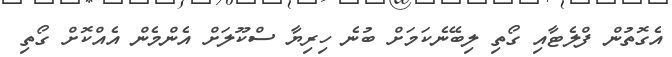
އެގޮތުން ފްލެޓާއި ގޯތި ލިބޭނެކަމަށް ބުނެ ހިރިޔާ ސްކޫލަށް އެންމެން އެއްކޮށް ގޯތި